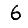
Digit: 6